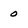
Character: 0